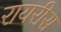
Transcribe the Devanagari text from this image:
रायरीस